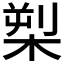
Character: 𪲫